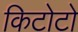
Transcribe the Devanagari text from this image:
किटोटो